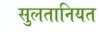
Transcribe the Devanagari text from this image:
सुलतानियत